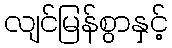
လျင်မြန်စွာနှင့်